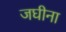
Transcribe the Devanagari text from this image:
जघीना